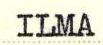
ILMA